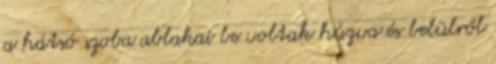
a hátsó szoba ablakai be voltak húzva és belülről